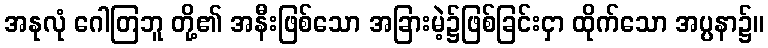
အနုလုံ ဂေါတြဘူ တို့၏ အနီးဖြစ်သော အခြားမဲ့၌ဖြစ်ခြင်းငှာ ထိုက်သော အပ္ပနာ၌။